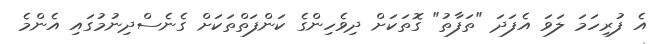
އެ ފުރިހަމަ ލަވަ އެފަދަ "ތަފާތު" ގޮތަކަށް ދިވެހިންގެ ކަންފަތްތަކަށް ގެނެސްދިނުމުގައި އެންމެ